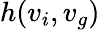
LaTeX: h(v_{i},v_{g})